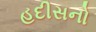
હદીસનો